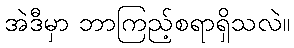
အဲဒီမှာ ဘာကြည့်စရာရှိသလဲ။